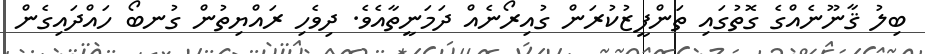
ބިލު ޤާނޫނެއްގެ ގޮތުގައި ތަންފީޒުކުރަން ގުއިރޯނެއް ދަމަނީތާއެވެ. ދިވެހި ރައްޔިތުން ގުނބޯ ހައްދައިގެން